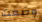
وضعت